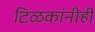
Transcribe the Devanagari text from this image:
टिळकांनीही